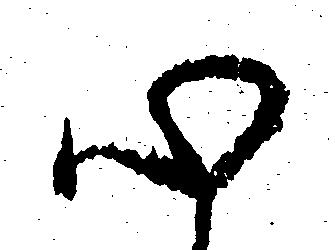
心